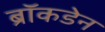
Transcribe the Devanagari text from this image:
ब्रॉकडेन